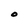
Character: O